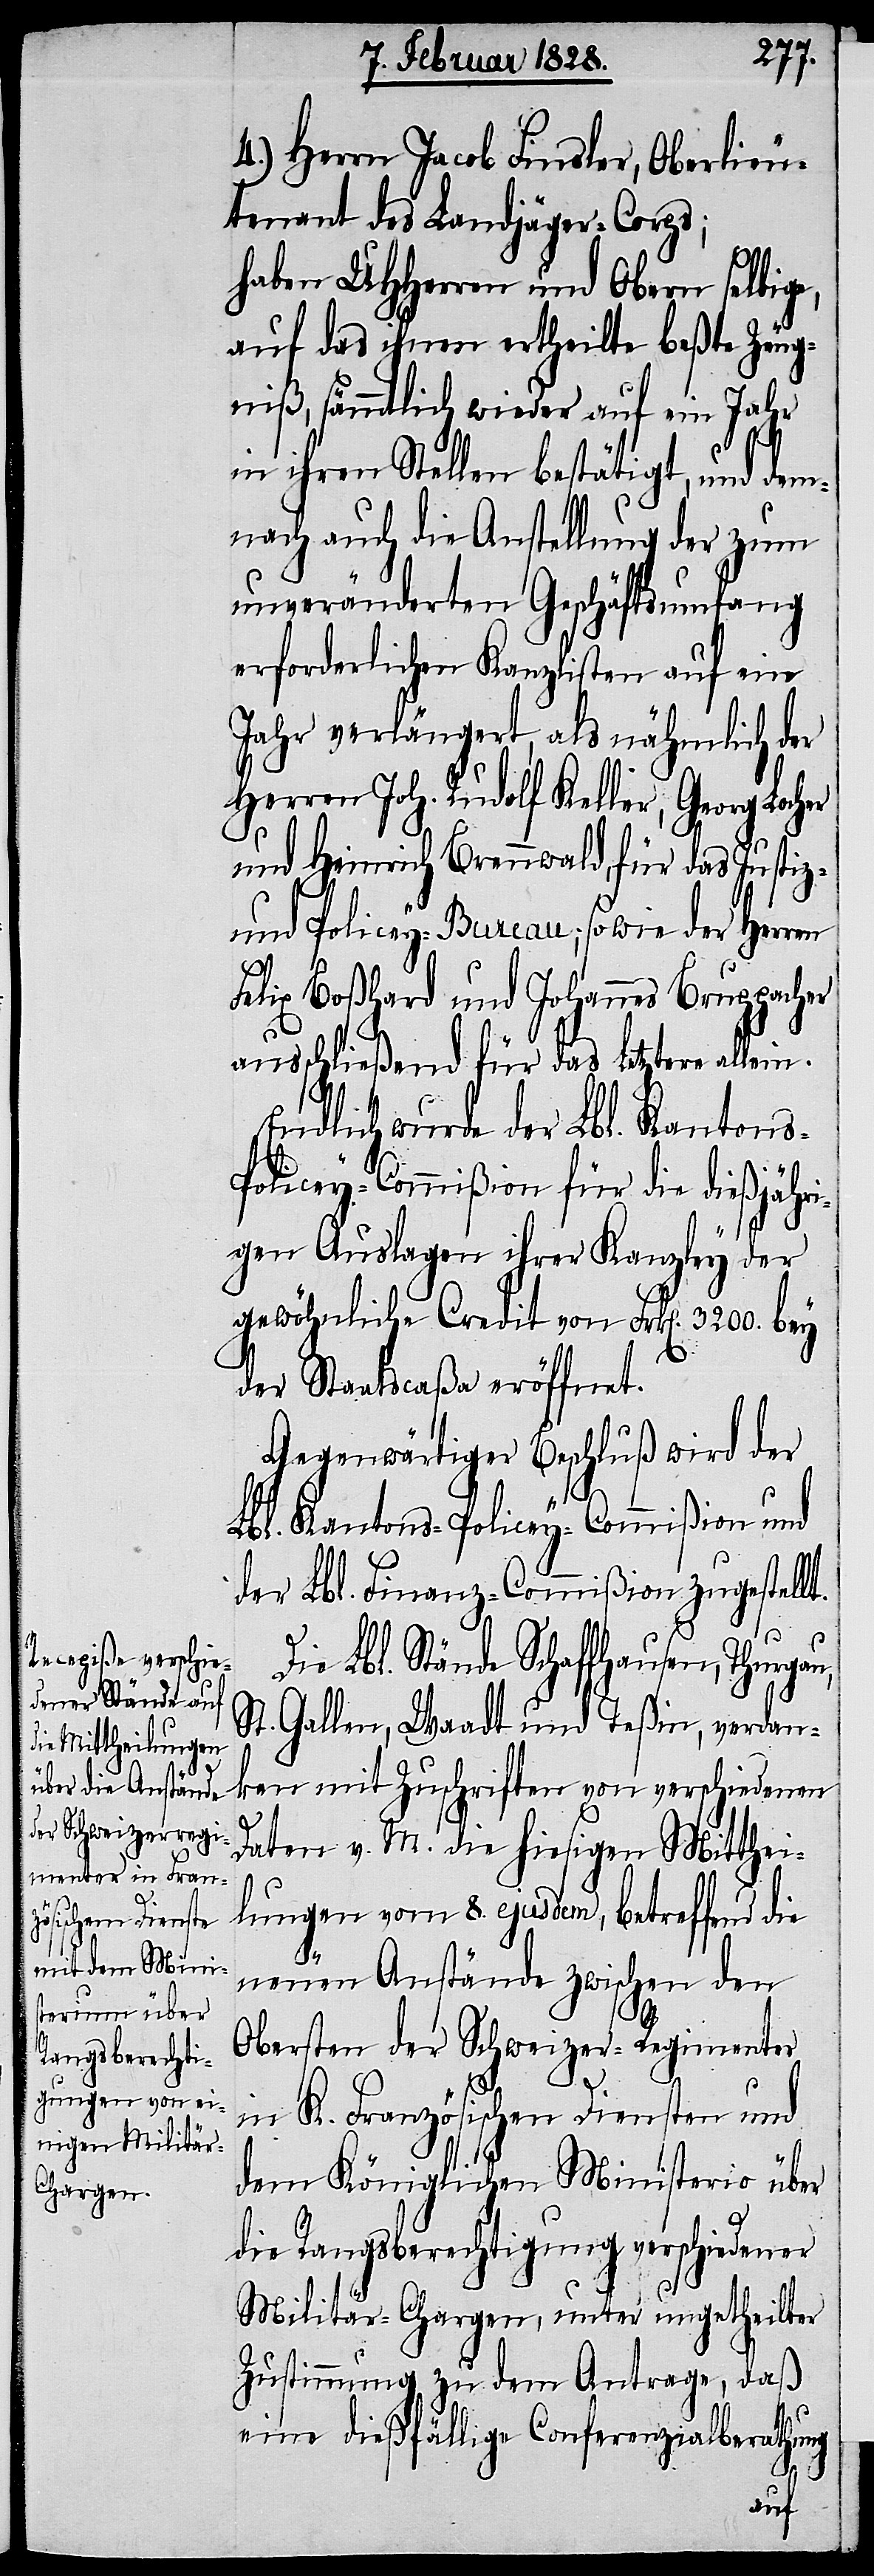
4.) Herrn Jacob Finsler, Oberlieu¬
tenant des Landjäger-Corps;
haben UHHerren und Obern selbige,
auf das ihnen ertheilte beßte Zeug¬
niß, sämmtlich wieder auf ein Jahr
in ihren Stellen bestätigt, und dem¬
nach auch die Anstellung der zum
unveränderten Geschäftsumfang
erforderlichen Kanzlisten auf ein
Jahr verlängert, als nähmlich der
Herren Joh. Rudolf Keller, Georg Loc¬
und Heinrich Brennwald, für das Justiz-
und Policey-Bureau; so wie der Herren
Felix Boßhard und Johannes Bruppacher
ausschließend für das letztere allein.
Endlich wurde der Lbl. Kantons-P¬
olicey-Commißion für die dießjähri¬
gen Auslagen ihrer Kanzley der
gewöhnliche Credit von Frk[en]. 3200.
der Staatscaßa eröffnet.
Gegenwärtiger Beschluß wird der
Lbl. Kantons-Policey-Commißion und
der Lbl. Finanz-Commißion zugestellt.
Die Lbl. Stände Schaffhausen, Thurgau,
St. Gallen, Waadt und Teßin, verdan¬
ken mit Zuschriften von verschiedenen
Daten v. M. die hiesigen Mitthei¬
lungen vom 8. ejusdem, betreffend die
neuen Anstände zwischen den
Obersten der Schweizer-Regimenter
in K. Französischen Diensten und
dem Königlichen Ministerio über
die Rangberechtigung verschiedener
Militär-Chargen, unter ungetheilter
Zustimmung, zu dem Antrage, daß
her
eine dießfällige Conferenzialberathung